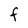
Character: f